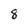
Character: 8